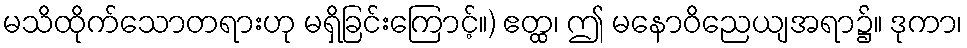
မသိထိုက်သောတရားဟု မရှိခြင်းကြောင့်။) ဧတ္ထ၊ ဤ မနောဝိညေယျအရာ၌။ ဒုကာ၊